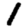
Digit: 1